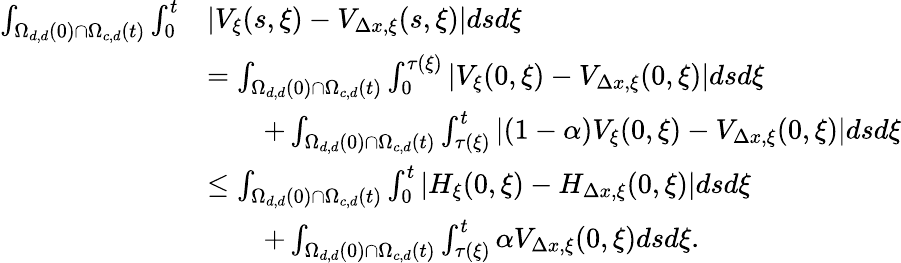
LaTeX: \begin{array}{rl}{\int_{\Omega_{d,d}(0)\cap\Omega_{c,d}(t)}\int_{0}^{t}}&{|V_{\xi}(s,\xi)-V_{\Delta x,\xi}(s,\xi)|dsd\xi}\\ &{=\int_{\Omega_{d,d}(0)\cap\Omega_{c,d}(t)}\int_{0}^{\tau(\xi)}\left|V_{\xi}(0,\xi)-V_{\Delta x,\xi}(0,\xi)\right|dsd\xi}\\ &{\qquad+\int_{\Omega_{d,d}(0)\cap\Omega_{c,d}(t)}\int_{\tau(\xi)}^{t}\left|(1-\alpha)V_{\xi}(0,\xi)-V_{\Delta x,\xi}(0,\xi)\right|dsd\xi}\\ &{\leq\int_{\Omega_{d,d}(0)\cap\Omega_{c,d}(t)}\int_{0}^{t}\left|H_{\xi}(0,\xi)-H_{\Delta x,\xi}(0,\xi)\right|dsd\xi}\\ &{\qquad+\int_{\Omega_{d,d}(0)\cap\Omega_{c,d}(t)}\int_{\tau(\xi)}^{t}\alpha V_{\Delta x,\xi}(0,\xi)dsd\xi.}\end{array}